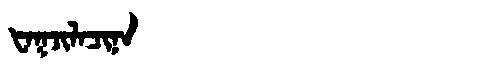
Manchu: ᡶᠠᡴᠵᡳᠯᠠᠴᡳᠨᠠ
Romanization: FAKJILACINA